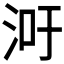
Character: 𬇢